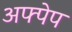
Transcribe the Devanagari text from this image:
अफ्पेप